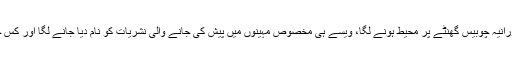
وقت گزرنے کے ساتھ جیسے جیسے ملک میں ٹی وی چینلز کی تعداد میں اضافہ ہوا اور نشریات کا دورانیہ چوبیس گھنٹے پر محیط ہونے لگا، ویسے ہی مخصوص مہینوں میں پیش کی جانے والی نشریات کو نام دیا جانے لگا اور کس چینل کی ان نشریات کو زیادہ دیکھا جاتا ہے، اس کی بنیاد پر چینلز کی کامیابی کا دارومدار ہونے لگا‘‘۔